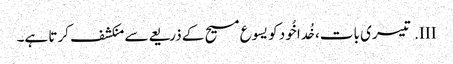
III.	تیسری بات، خُدا خُود کو یسوع مسیح کے ذریعےسے منکشف کرتا ہے۔